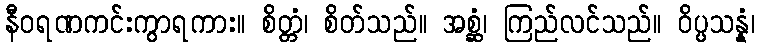
နီဝရဏကင်းကွာရကား။ စိတ္တံ၊ စိတ်သည်။ အစ္ဆံ၊ ကြည်လင်သည်။ ဝိပ္ပသန္နံ၊